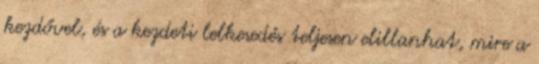
kezdővel, és a kezdeti lelkesedés teljesen elillanhat, mire a